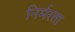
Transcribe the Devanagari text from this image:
निर्मरता